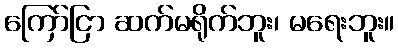
ကြော်ငြာ ဆက်မရိုက်ဘူး၊ မရေးဘူး။